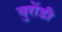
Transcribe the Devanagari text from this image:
बुरोंडी